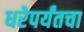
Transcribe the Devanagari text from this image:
धरेपर्यंतचा